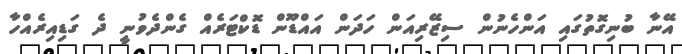
އޭނާ ބުނިގޮތުގައި އަންހެނުން ސިޒޭރިއަން ހަދަން އައްޑޫން ޑޮކްޓަރެއް ގެންދެވުނީ ދެ ގަޑިއިރެއްހާ